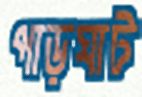
পাড়ঘাট